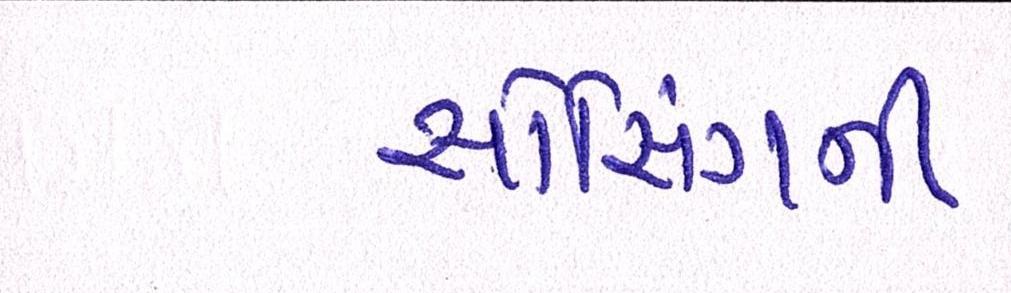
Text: સોર્સિંગની